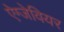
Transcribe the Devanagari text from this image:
ऐग्जेवियर